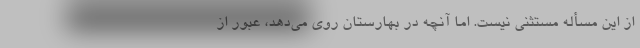
از این مسأله مستثنی نیست. اما آنچه در بهارستان روی می‌دهد، عبور از